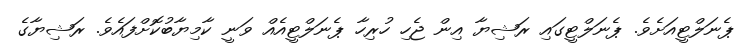
ޕެނަލްޓީއަށެވެ. ޕެނަލްޓީގައި ރަޝިޔާ އިން ޖެހި ހުރިހާ ޕެނަލްޓީއެއް ވަނީ ކާމިޔާބުކޮށްފައެވެ. ރަޝިޔާގެ